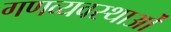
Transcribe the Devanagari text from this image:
गणव्यवस्थाओं